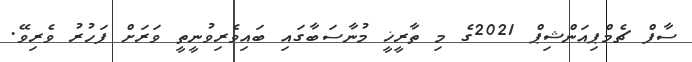
ސާފް ޗެމްޕިއަންޝިޕް 2021ގެ މި ތާރީޚީ މުނާސަބާގައި ބައިވެރިވުނީތީ ވަރަށް ފަހުރު ވެރިވޭ.